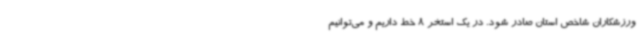
ورزشکاران شاخص استان صادر شود. در یک استخر 8 خط داریم و می‌توانیم